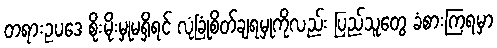
တရားဥပဒေ စိုးမိုးမှုမရှိရင် လုံခြုံစိတ်ချရမှုကိုလည်း ပြည်သူတွေ ခံစားကြရမှာ